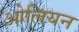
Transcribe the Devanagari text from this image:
ओलियन